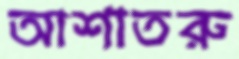
আশাতরু